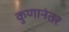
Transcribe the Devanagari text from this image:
कुणानंतर